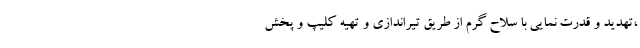
،تهدید و قدرت نمایی با سلاح گرم از طریق تیراندازی و تهیه کلیپ و پخش